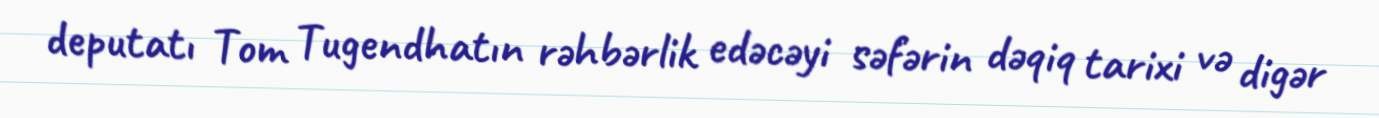
deputatı Tom Tugendhatın rəhbərlik edəcəyi səfərin dəqiq tarixi və digər